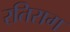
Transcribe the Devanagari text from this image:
रतिराग